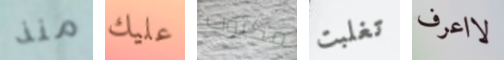
منذ عليك مكتوب تغلبت لااعرف